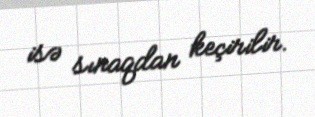
isə sınaqdan keçirilir.